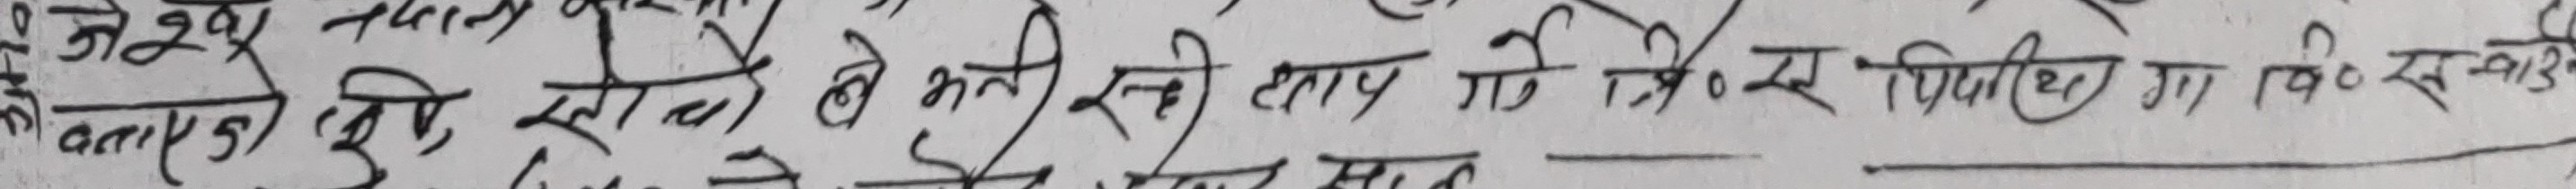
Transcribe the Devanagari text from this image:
बताए छवि ले भरी रही आप गई ऐर स्थिति का वि० स्वाई